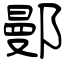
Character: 鄤